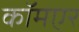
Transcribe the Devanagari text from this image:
कॉमएर